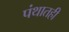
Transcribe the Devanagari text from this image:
पंथातही